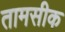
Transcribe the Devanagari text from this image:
तामसीक